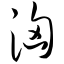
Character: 汹